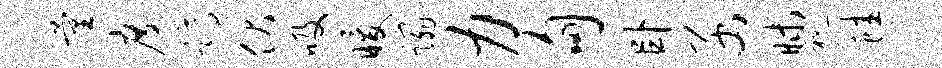
量度蹲伏吸暖蹋力甸卧函昧视蛙